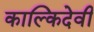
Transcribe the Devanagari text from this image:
काल्किदेवी